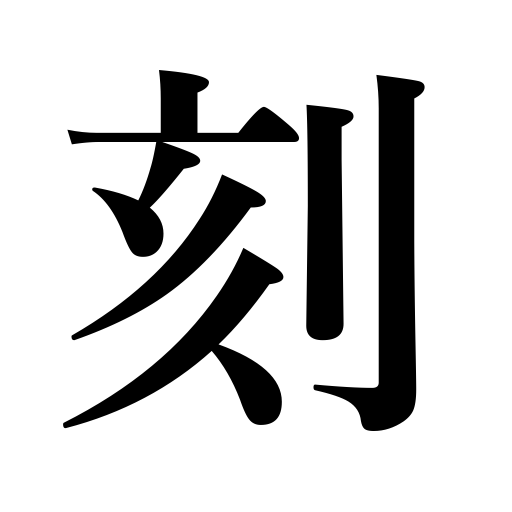
Meanings: mince,time,cutting,hash,chisel,carving,chop up,cut fine,notch,carve images,engraving,cut,engrave seals